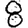
Digit: 8